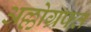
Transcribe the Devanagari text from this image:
अल्लोग्रफ्त